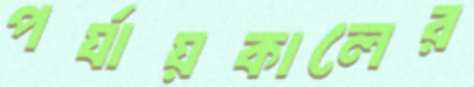
পর্যায়কালের